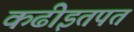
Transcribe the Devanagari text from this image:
कढीइतपत